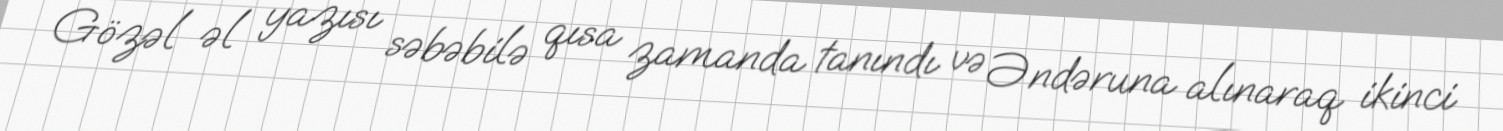
Gözəl əl yazısı səbəbilə qısa zamanda tanındı və Əndəruna alınaraq ikinci